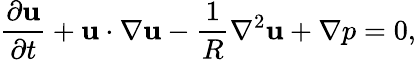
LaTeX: \frac{\partial\mathbf{u}}{\partial t}+\mathbf{u}\cdot\nabla\mathbf{u}-\frac{1}{R}\nabla^{2}\mathbf{u}+\nabla p=0,